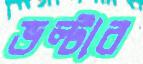
ভল্টার